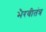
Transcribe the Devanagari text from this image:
भैरवीतंत्र